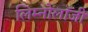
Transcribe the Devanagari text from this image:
लिम्नोलॉजी